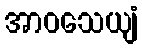
အာဝသေယျံ